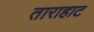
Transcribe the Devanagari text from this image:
ताराहाट